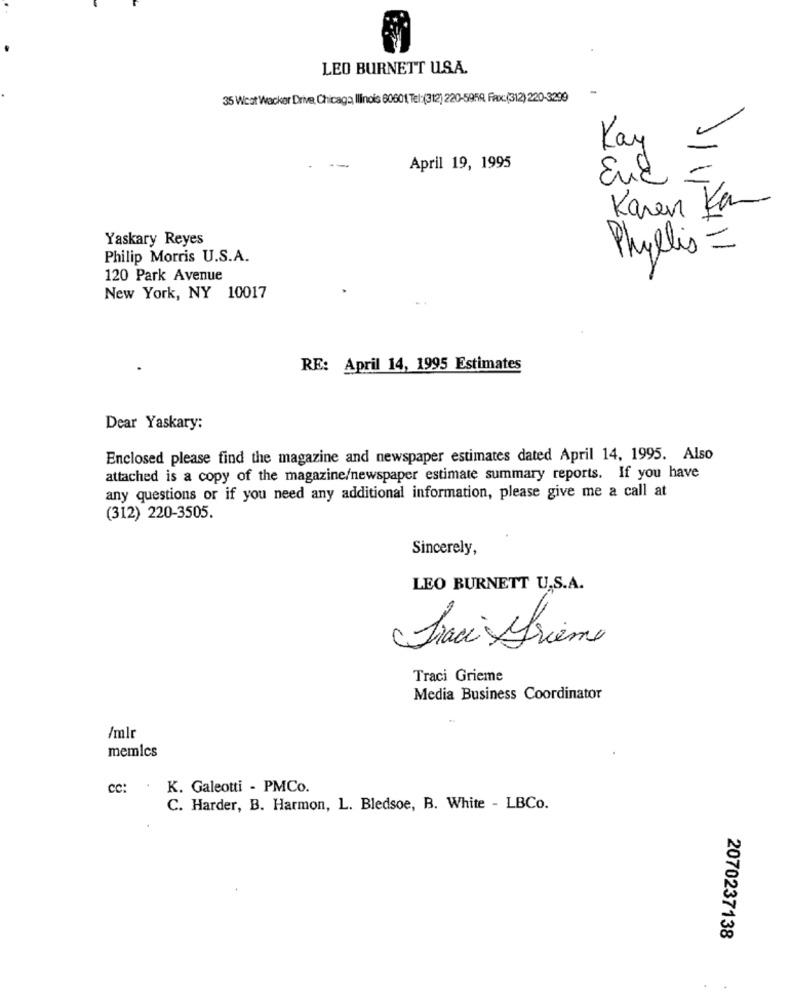
LEO BURNETT U.S.A.
35 Weot Wacker Drive, Chicaga Ilinois 60601, Tel:(312) 220-5959, Fax:(312) 220-3299
Kay
April 19, 1995
End
-
Karen Kan
Yaskary Reyes
Phyllis =
Philip Morris U.S.A.
120 Park Avenue
New York, NY 10017
RE: April 14, 1995 Estimates
Dear Yaskary:
Enclosed please find the magazine and newspaper estimates dated April 14, 1995. Also
attached is a copy of the magazine/newspaper estimate summary reports. If you have
any questions or if you need any additional information, please give me a call at
(312) 220-3505.
Sincerely,
LEO BURNETT U.S.A.
Traci Drieme
Traci Grieme
Media Business Coordinator
/mlr
memics
cc:
K. Galeotti - PMCo.
C. Harder, B. Harmon, L. Bledsoe, B. White - LBCo.
2070237138
.